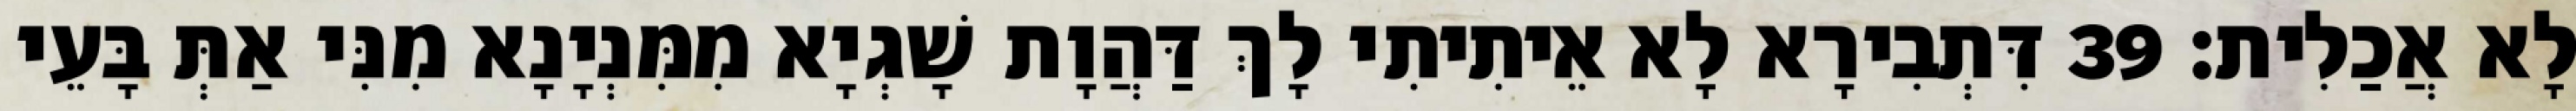
לָא אֲכַלִית׃ 39 דִּתְבִירָא לָא אֵיתִיתִי לָךְ דַּהֲוָת שָׁגְיָא מִמִּנְיָנָא מִנִּי אַתְּ בָּעֵי